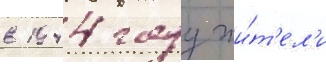
в 1944 году жи́т'ел'и